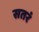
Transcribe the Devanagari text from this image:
सतरं